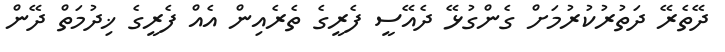
ދޭތެރޭ ދަތުރުކުރުމަށް ގެންގުޅޭ ދެއޭސީ ފެރީގެ ތެރެއިން އެއް ފެރީގެ ޚިދުމަތް ދޭން